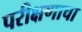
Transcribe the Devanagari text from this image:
परीक्षणाचा